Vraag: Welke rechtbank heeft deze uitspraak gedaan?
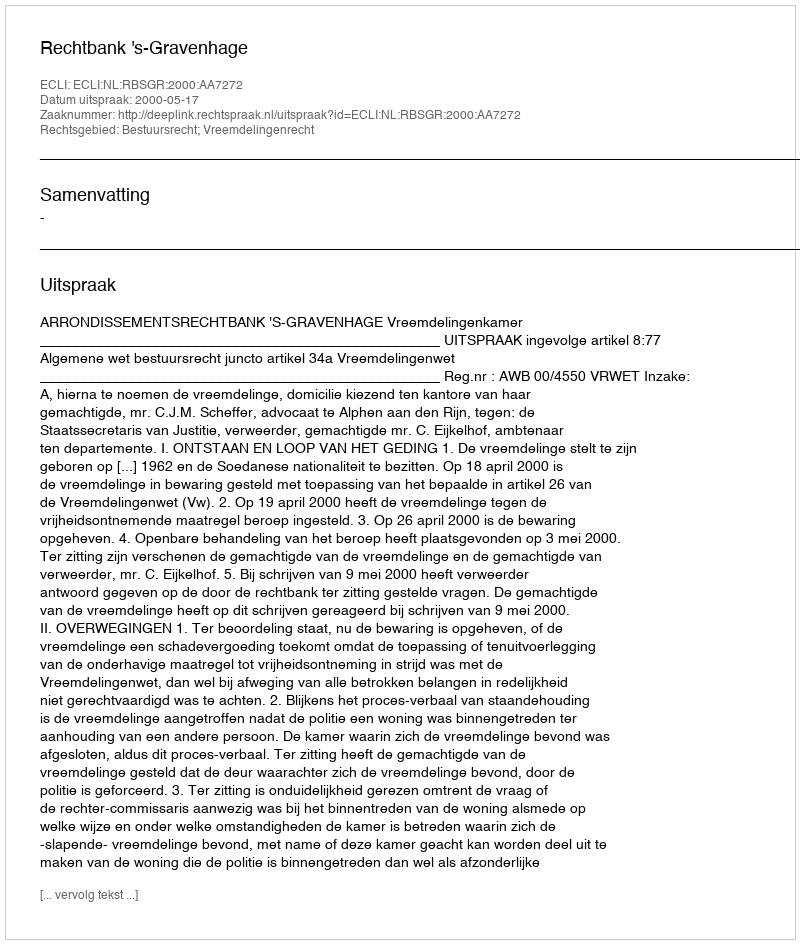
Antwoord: Rechtbank 's-Gravenhage